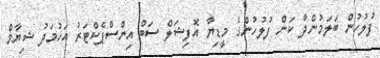
ފުލުހުން ބަލަމުންދާ ކަން ފުލުހުންގެ މީޑިޔާ އޮފިޝަލް ސަބް އިންސްޕެކްޓަރު އަހުމަދު ޝިޔާމް